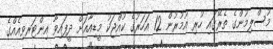
މުސްލިމުންގެ ތެރޭގައި ހުރި އުމުރުން 12 އަހަރުގެ ކުއްޖަކު މީޑިއާއަށް ދީފައިވާ އިންޓަރވިއެއްގެ